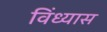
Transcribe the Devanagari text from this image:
विंध्यास